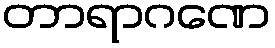
တာရာဂဏေ